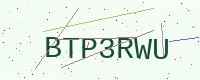
Text: BTP3RWU